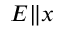
E \| x